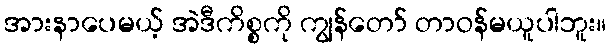
အားနာပေမယ့် အဲဒီကိစ္စကို ကျွန်တော် တာဝန်မယူပါဘူး။